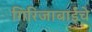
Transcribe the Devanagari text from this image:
गिरिजाबाईंचे